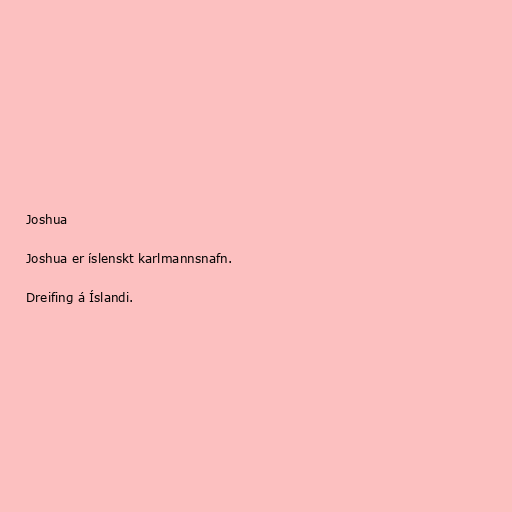
Joshua

Joshua er íslenskt karlmannsnafn.

Dreifing á Íslandi.